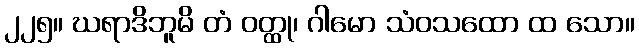
၂၂၅။ ဃရာဒိဘူမိ တံ ဝတ္ထု၊ ဂါမော သံဝသထော ထ သော။